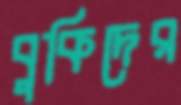
বুকিদের